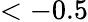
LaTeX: <-0.5